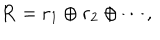
{ \bf R } = { \bf r } _ { 1 } \oplus { \bf r } _ { 2 } \oplus \cdots ,